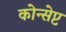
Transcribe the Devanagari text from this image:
कोन्सेप्ट